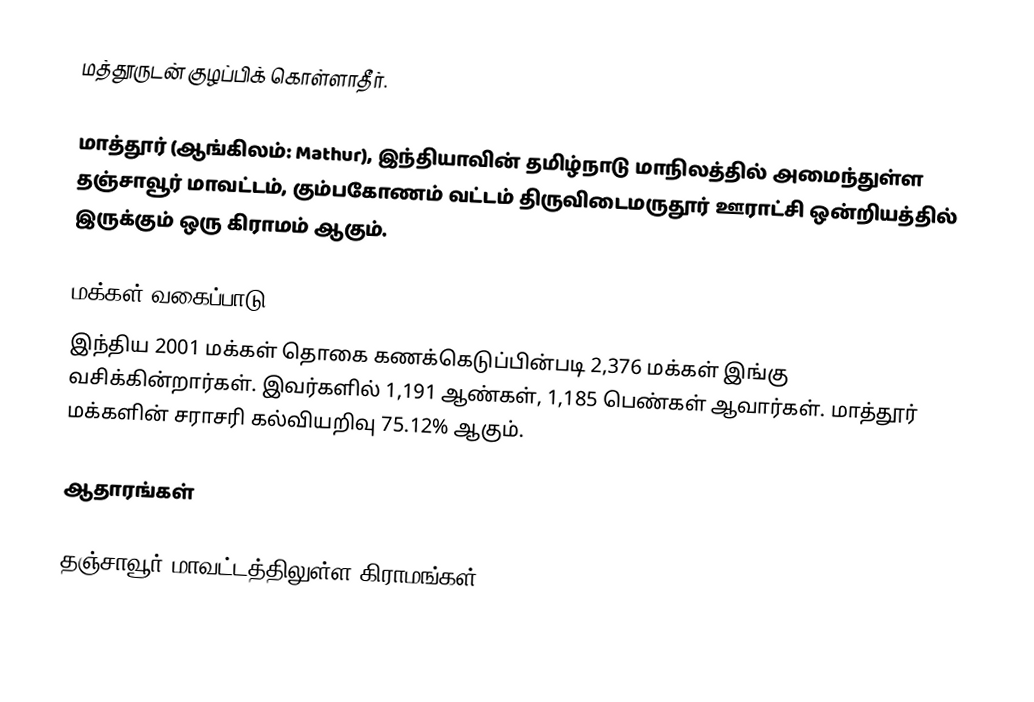
மத்தூருடன் குழப்பிக் கொள்ளாதீர்.

 மாத்தூர்  (ஆங்கிலம்: Mathur), இந்தியாவின் தமிழ்நாடு மாநிலத்தில் அமைந்துள்ள தஞ்சாவூர் மாவட்டம்,  கும்பகோணம் வட்டம் திருவிடைமருதூர்  ஊராட்சி ஒன்றியத்தில் இருக்கும்  ஒரு கிராமம் ஆகும்.

மக்கள் வகைப்பாடு
இந்திய 2001 மக்கள் தொகை கணக்கெடுப்பின்படி 2,376 மக்கள் இங்கு வசிக்கின்றார்கள்.  இவர்களில் 1,191 ஆண்கள், 1,185 பெண்கள் ஆவார்கள். மாத்தூர் மக்களின் சராசரி கல்வியறிவு 75.12% ஆகும்.

ஆதாரங்கள்

தஞ்சாவூர் மாவட்டத்திலுள்ள கிராமங்கள்